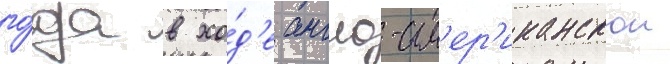
го́да в хо́д'е англо-ам'ер'иканскои